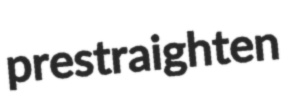
prestraighten